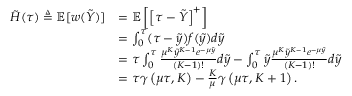
\begin{array} { r l } { \tilde { H } ( \tau ) \triangleq \mathbb { E } [ w ( \tilde { Y } ) ] } & { = \mathbb { E } \left[ \left[ \tau - \tilde { Y } \right] ^ { + } \right] } \\ & { = \int _ { 0 } ^ { \tau } ( \tau - \tilde { y } ) f ( \tilde { y } ) d \tilde { y } } \\ & { = \tau \int _ { 0 } ^ { \tau } \frac { \mu ^ { K } \tilde { y } ^ { K - 1 } e ^ { - \mu \tilde { y } } } { ( K - 1 ) ! } d \tilde { y } - \int _ { 0 } ^ { \tau } \tilde { y } \frac { \mu ^ { K } \tilde { y } ^ { K - 1 } e ^ { - \mu \tilde { y } } } { ( K - 1 ) ! } d \tilde { y } } \\ & { = \tau \gamma \left( \mu \tau , K \right) - \frac { K } { \mu } \gamma \left( \mu \tau , K + 1 \right) . } \end{array}